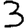
Digit: 3